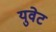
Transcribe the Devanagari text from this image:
युवेट